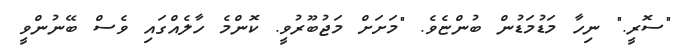
"ސޮރީ." ނިހާ މަޑުމަޑުން ބުންޏެވެ. "މަށަށް މަޖުބޫރުވީ. ކޮންމެ ހާލެއްގައި ވެސް ބޭނުންވީ